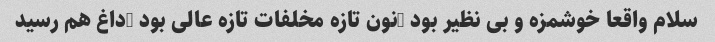
سلام واقعا خوشمزه و بی نظیر بود …نون تازه مخلفات تازه عالی بود …داغ هم رسید